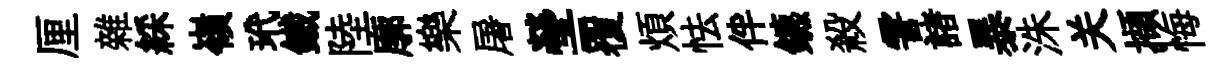
厘雜綵嶺玳鐵陸廓樂屠瑩覆煩怯伴鑣殺霅諸暴洙关擷悔